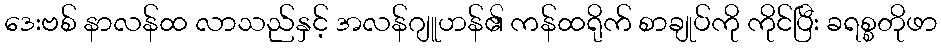
ဒေးဗစ် နာလန်ထ လာသည်နှင့် အလန်ဂျူဟန်၏ ကန်ထရိုက် စာချုပ်ကို ကိုင်ပြီး ခရစ္စတိုဖာ